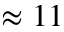
\approx 1 1